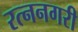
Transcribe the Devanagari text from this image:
रत्ननगरी